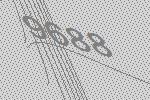
9688